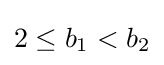
2\leq b_{1}<b_{2}